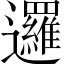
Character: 邏